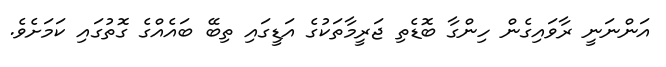
އަންނަނީ ރާވައިގެން ހިންގާ ބޮޑެތި ޖަރީމާތަކުގެ އަޑީގައި ތިބޭ ބައެއްގެ ގޮތުގައި ކަމަށެވެ.